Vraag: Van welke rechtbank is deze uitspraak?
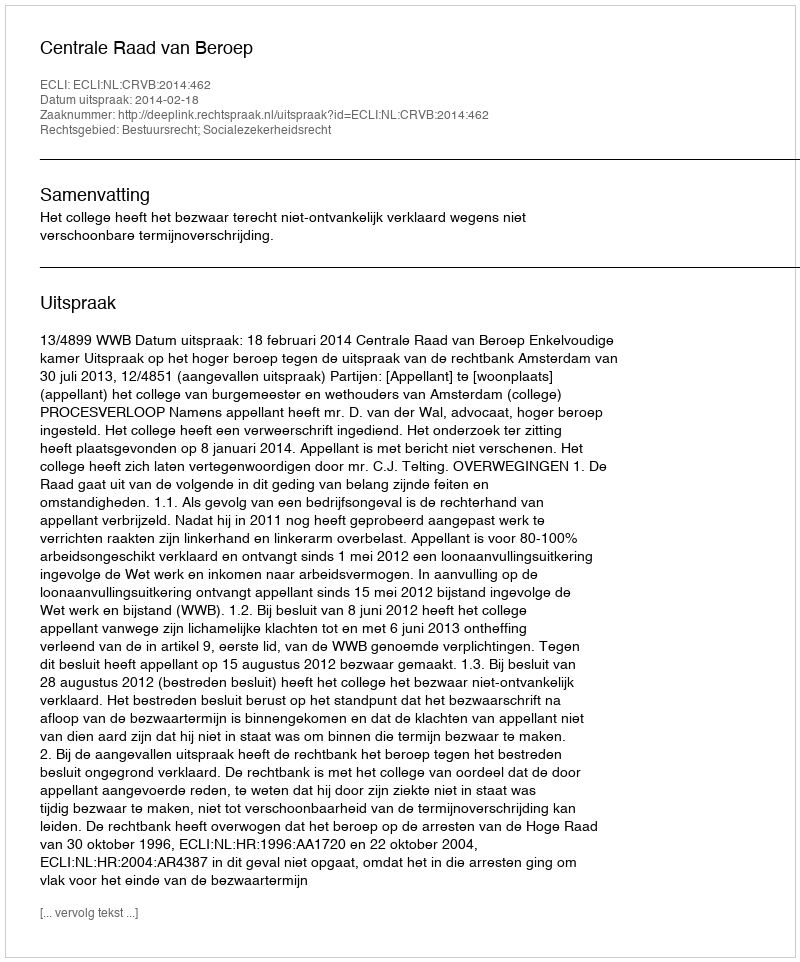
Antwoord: Centrale Raad van Beroep